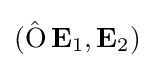
(\operatorname {\hat {O}} \mathbf {E} _{1},\mathbf {E} _{2})